Vabadussoja_Ajaloo_Komitee, lk 5
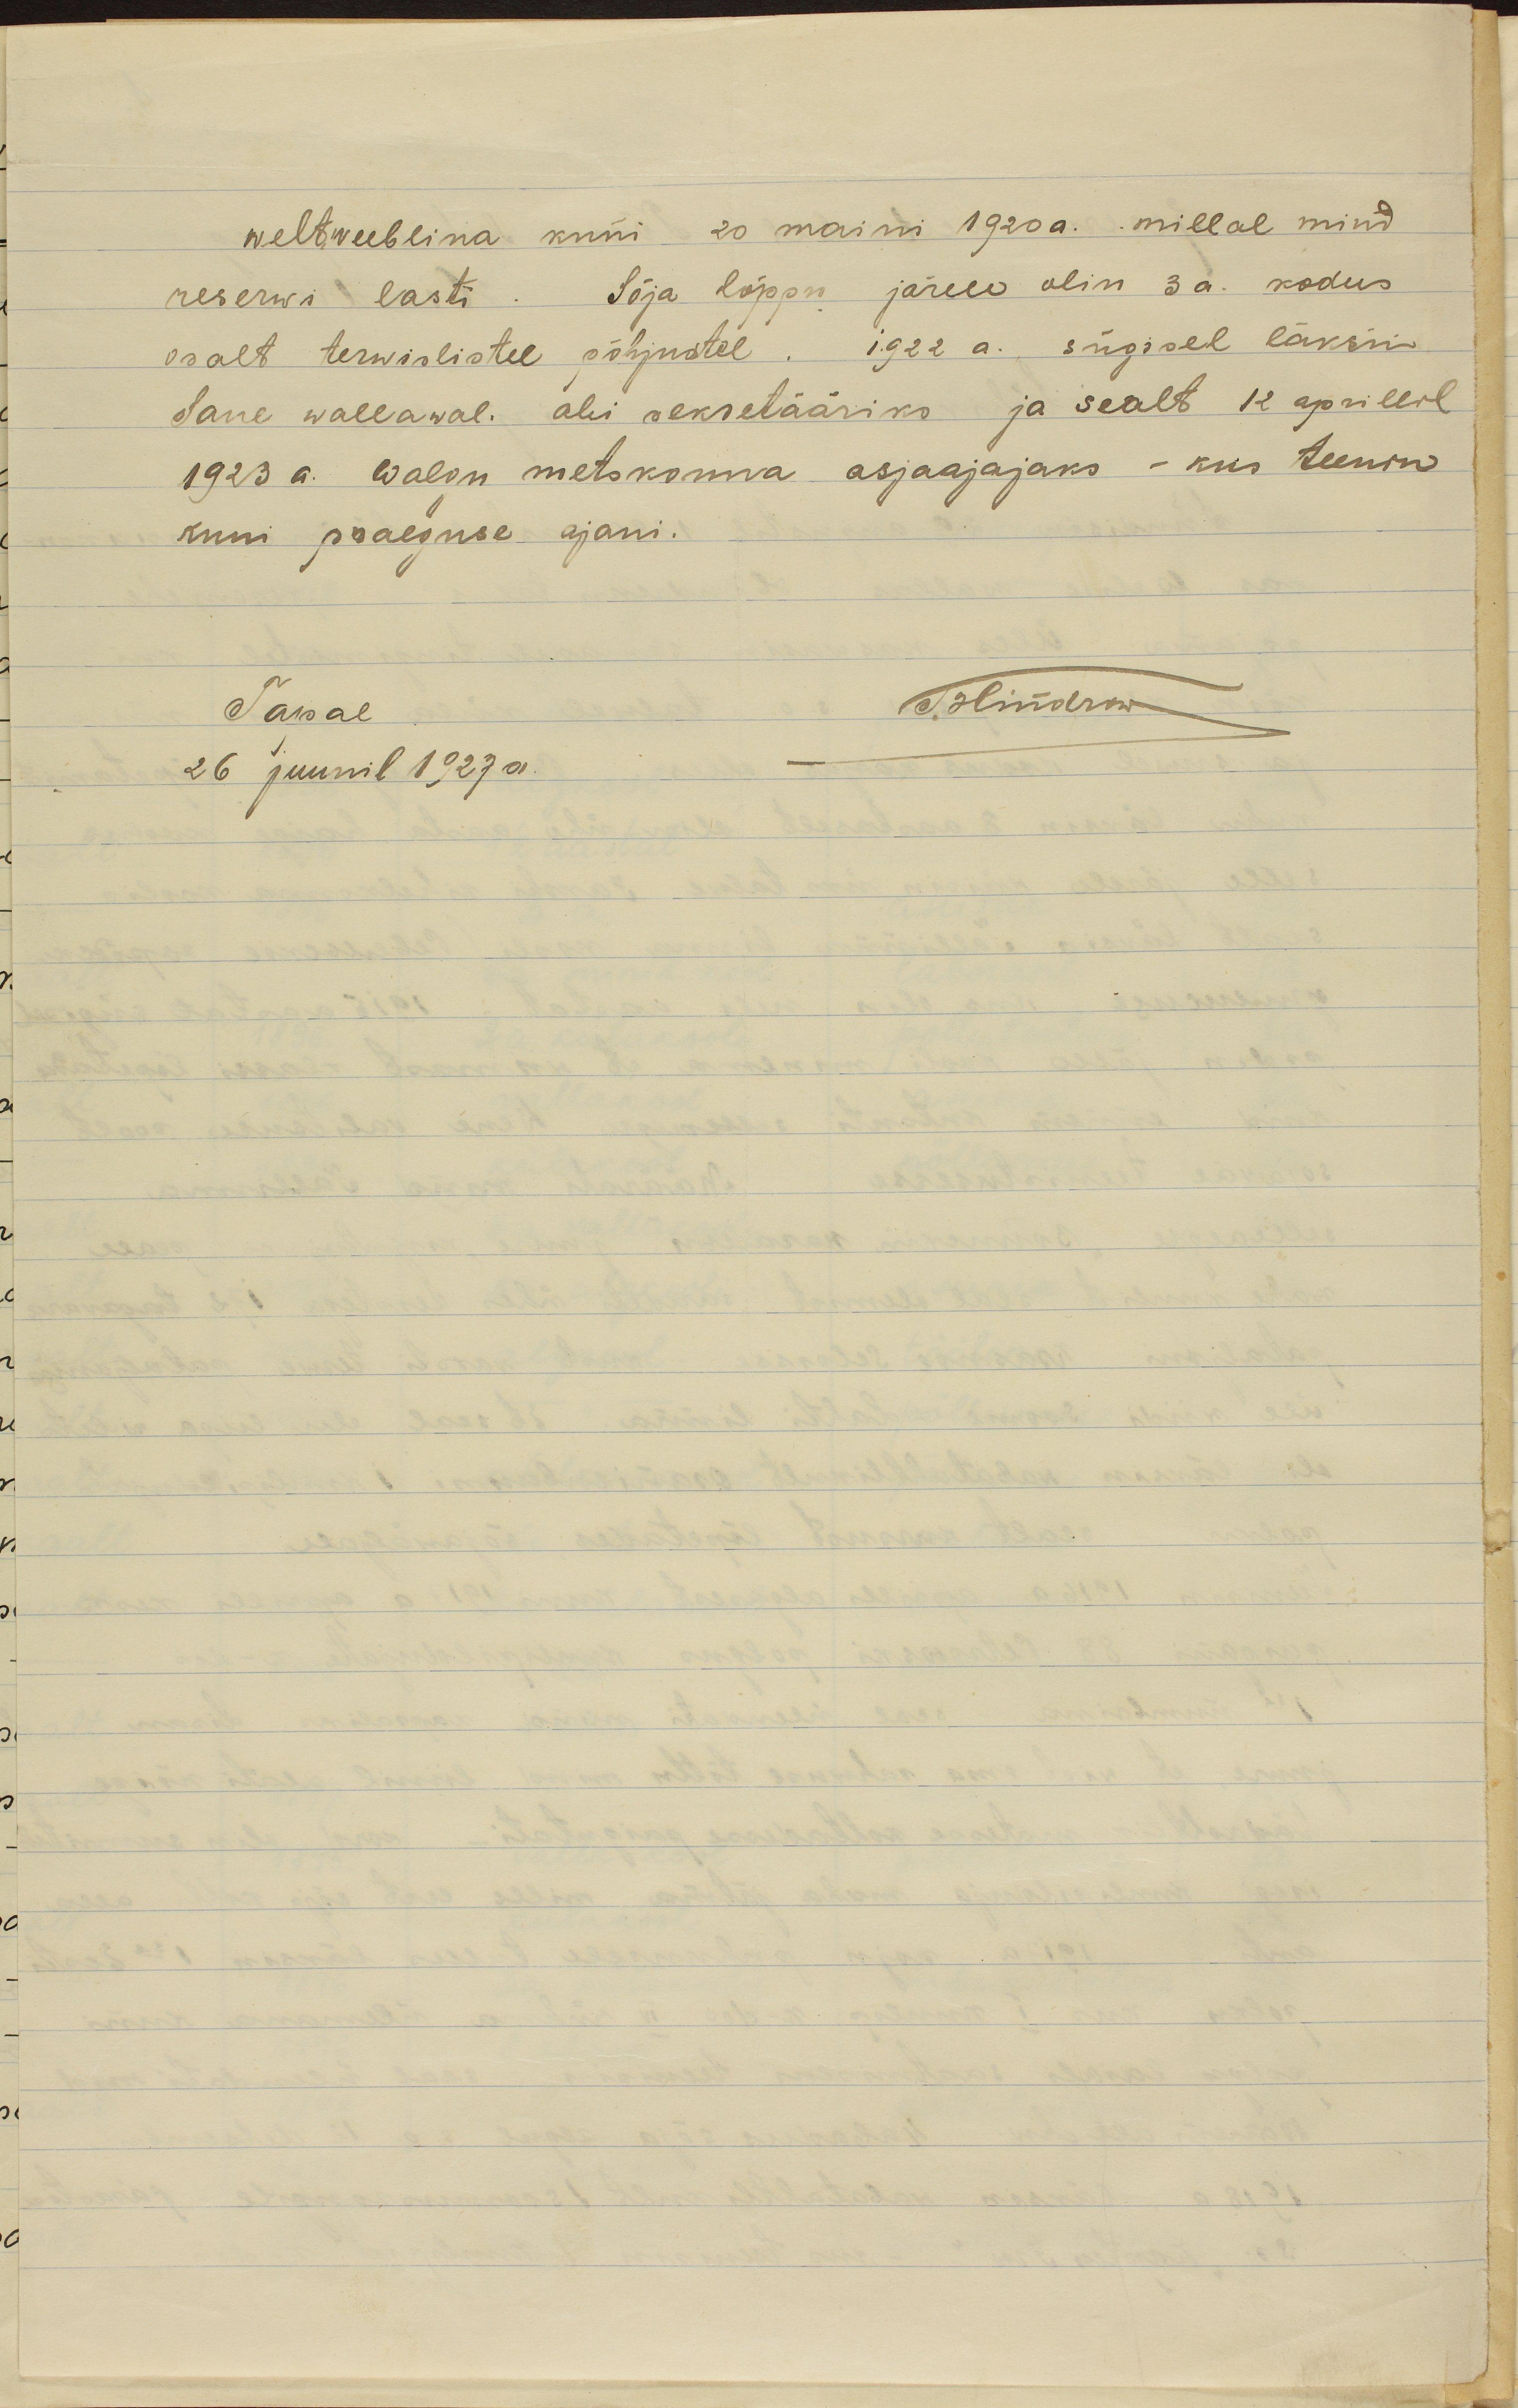
weltweeblina kuni 20 maini 1920a. .millal mind
reserwi lasti. Sõja lõppu järele olin 3 a. kodus
osalt terwislistel põhjustel. 1922 a. sügisel läksin
Saue wallawal. abi sekretääriks ja sealt 12 aprillil
1923 a. Walgu metskonna asjaajajaks - kus teenin
kuni praeguse ajani.
Tapal T. Hindrow
26 juunil 1927a